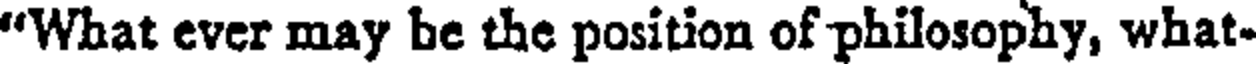
"What ever may be the position of philosophy, what-